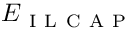
E _ { \mathrm { ~ I ~ L ~ C ~ A ~ P ~ } }